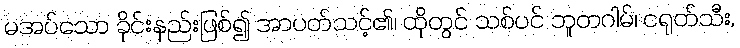
မအပ်သော ခိုင်းနည်းဖြစ်၍ အာပတ်သင့်၏၊ ထိုတွင် သစ်ပင် ဘူတဂါမ်၊ ငရုတ်သီး,